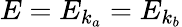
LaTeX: E=E_{k_{a}}=E_{k_{b}}